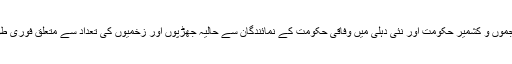
سری نگر میں مقبوضہ جموں و کشمیر حکومت اور نئی دہلی میں وفاقی حکومت کے نمائندگان سے حالیہ جھڑپوں اور زخمیوں کی تعداد سے متعلق فوری طور پر رابطہ نہیں ہوسکا۔